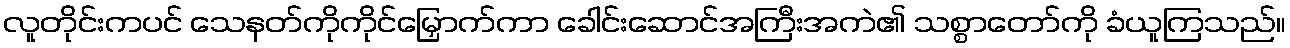
လူတိုင်းကပင် သေနတ်ကိုကိုင်မြှောက်ကာ ခေါင်းဆောင်အကြီးအကဲ၏ သစ္စာတော်ကို ခံယူကြသည်။